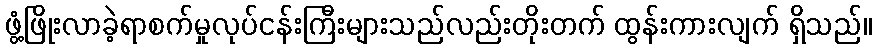
ဖွံ့ဖြိုးလာခဲ့ရာစက်မှုလုပ်ငန်းကြီးများသည်လည်းတိုးတက် ထွန်းကားလျက် ရှိသည်။